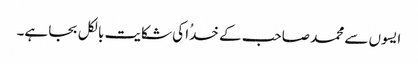
ایسوں سے محمد صاحب کے خدُا کی شکایت بالکل بجا ہے۔